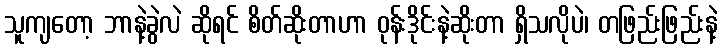
သူကျတော့ ဘာနဲ့ခွဲလဲ ဆိုရင် စိတ်ဆိုးတာဟာ ဝုန်းဒိုင်းနဲ့ဆိုးတာ ရှိသလိုပဲ၊ တဖြည်းဖြည်းနဲ့